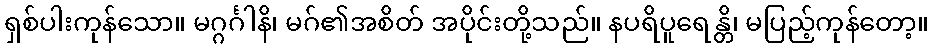
ရှစ်ပါးကုန်သော။ မဂ္ဂင်္ဂါနိ၊ မဂ်၏အစိတ် အပိုင်းတို့သည်။ နပရိပူရေန္တိ၊ မပြည့်ကုန်တော့။